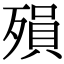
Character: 殞